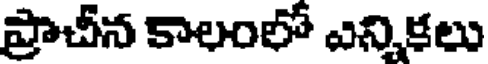
ప్రాచీన కాలంలో ఎన్నికలు